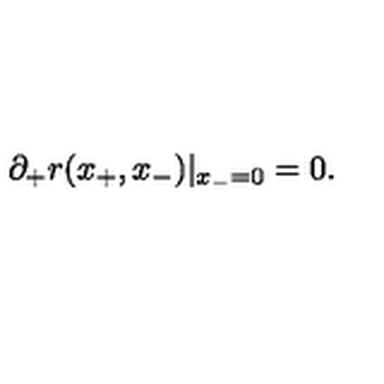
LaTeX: \partial _ { + } r ( x _ { + } , x _ { - } ) | _ { x _ { - } = 0 } = 0 .